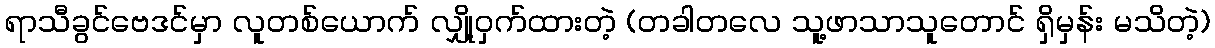
ရာသီခွင်ဗေဒင်မှာ လူတစ်ယောက် လျှို့ဝှက်ထားတဲ့ (တခါတလေ သူ့ဖာသာသူတောင် ရှိမှန်း မသိတဲ့)